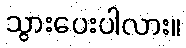
သွားပေးပါလား။